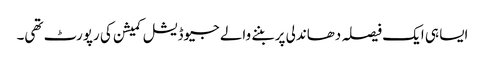
ایسا ہی ایک فیصلہ دھاندلی پر بننے والے جیوڈیشل کمیشن کی رپورٹ تھی۔